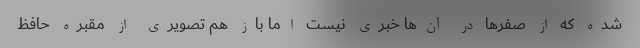
شده که از صفرها در آن‌ها خبری نیست اما باز هم تصویری از مقبره حافظ